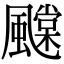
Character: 𩙆